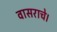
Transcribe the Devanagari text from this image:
वासराचे।